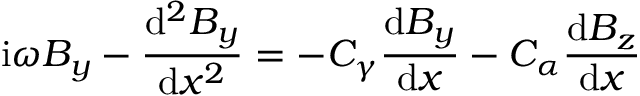
\mathrm { i } \omega B _ { y } - \frac { \mathrm { d } ^ { 2 } B _ { y } } { \mathrm { d } x ^ { 2 } } = - C _ { \gamma } \frac { \mathrm { d } B _ { y } } { \mathrm { d } x } - C _ { \alpha } \frac { \mathrm { d } B _ { z } } { \mathrm { d } x }